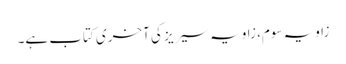
زاویہ سوم، زاویہ سیریز کی آخری کتاب ہے۔